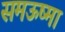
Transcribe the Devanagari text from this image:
समऊष्मा